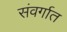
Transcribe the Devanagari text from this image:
संवर्गात